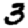
Digit: 3